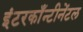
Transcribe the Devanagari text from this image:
इंटरकाँन्टीनेंटल